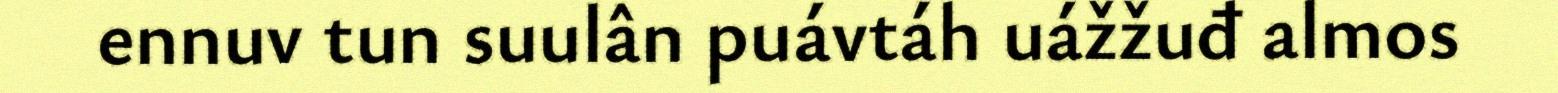
ennuv tun suulân puávtáh uážžuđ almos